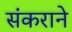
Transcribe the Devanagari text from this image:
संकराने